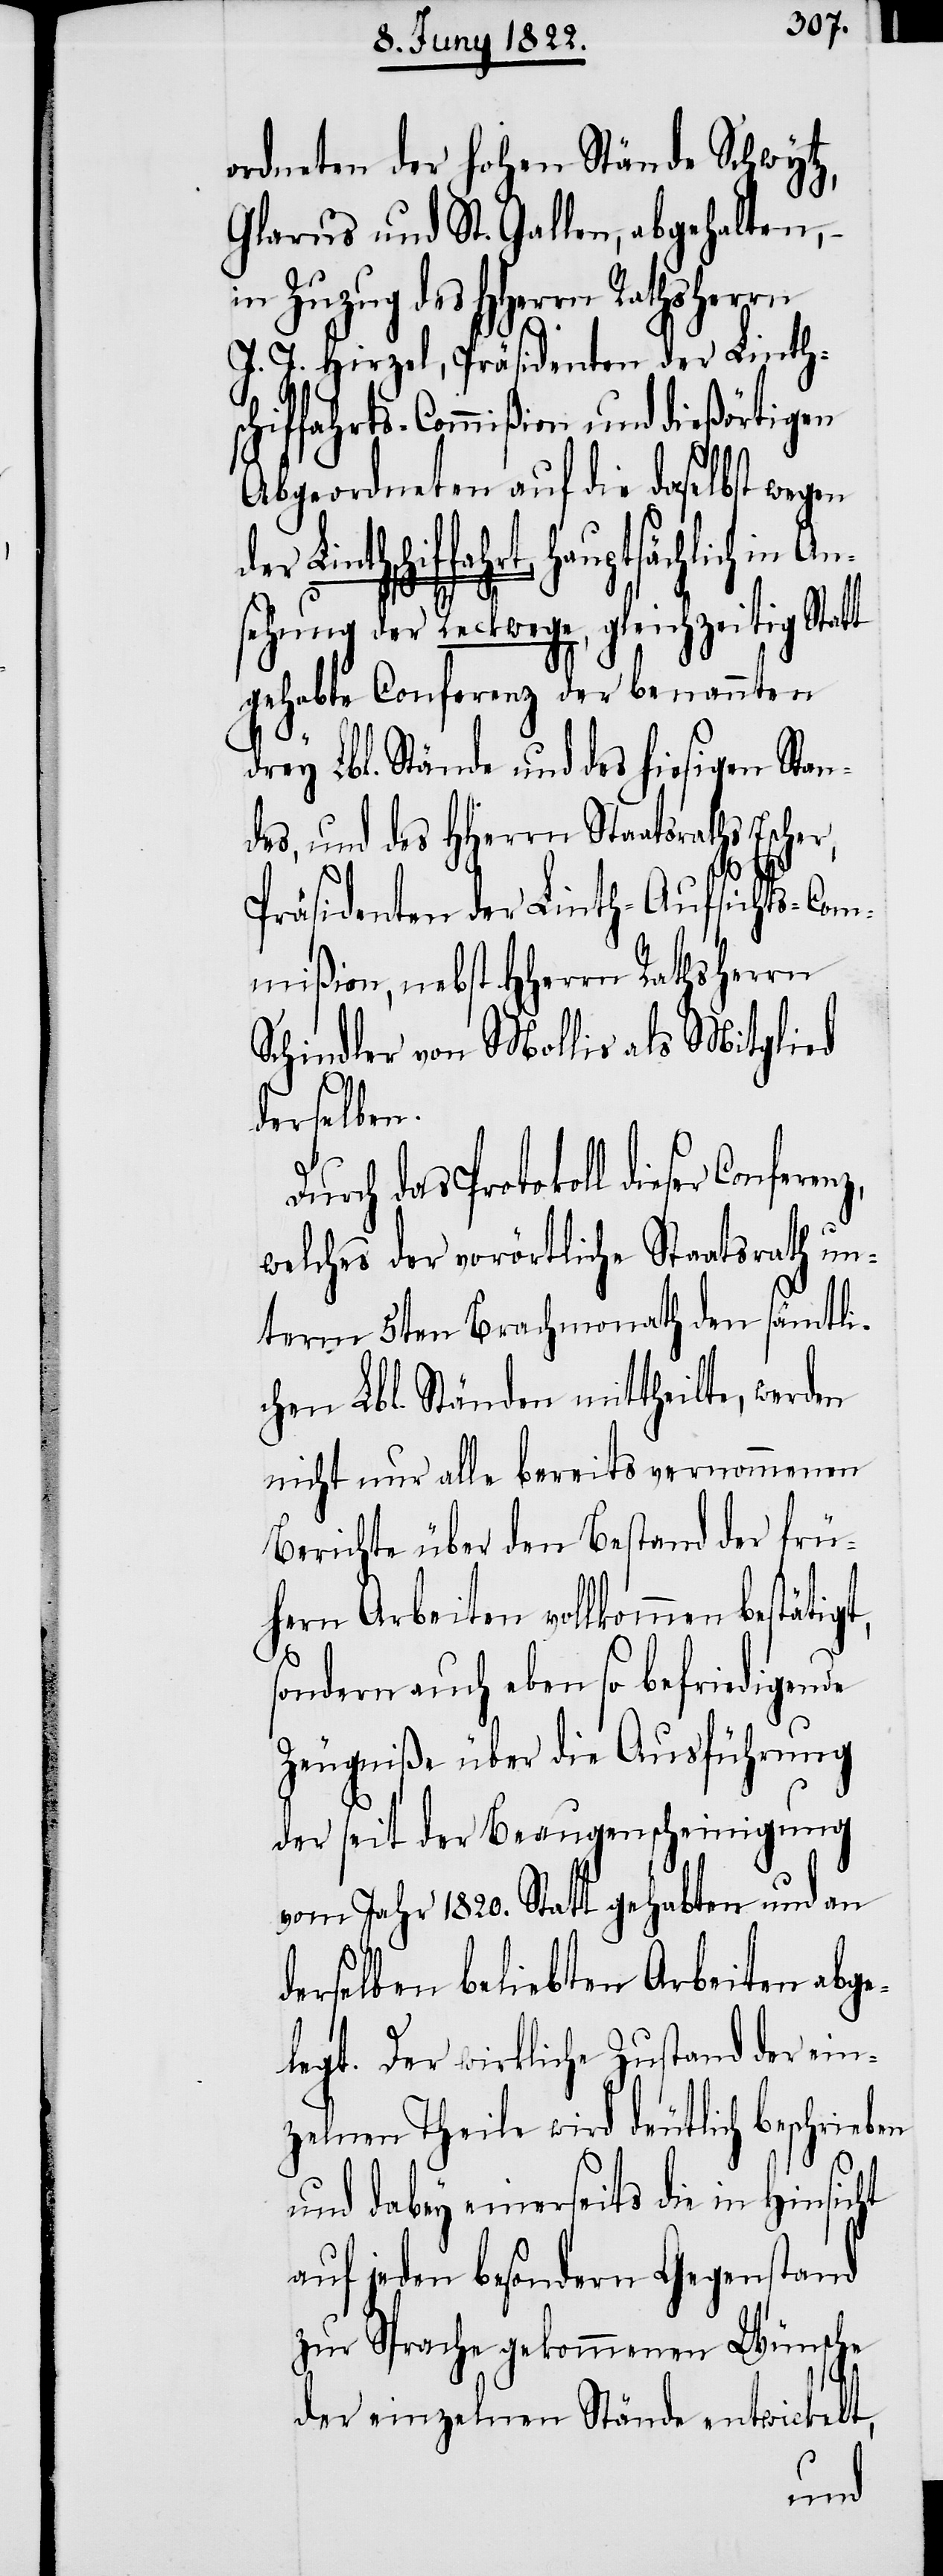
ordneten der hohen Stände Schwytz,
Glarus und St. Gallen, abgehalten,
in Zuzug des HHerrn Rathsherrn
J. J. Hirzel, Präsidenten der Linths¬
chiffahrts-Commißion und dießörtigen
Abgeordneten auf die daselbst wegen
dieser Conferenz,
sehung der Reckwege, gleichzeitig Statt
gehabte Conferenz der benannten
drey Lbl. Stände und des hiesigen Stan¬
des, und des HHerrn Staatsraths Escher,
Präsidenten der Linth-Aufsichts-Co¬
mmißion, nebst HHerrn Rathsherrn
Schindler von Mollis als Mitglied
derselben.
welches der vorörtliche Staatsrath un¬
term 5ten Brachmonath den sämtli¬
chen Lbl. Ständen mittheilte, werden
nicht nur alle bereits vernommenen
Berichte über den Bestand der frü¬
hern Arbeiten, vollkommen bestätig¬
sondern auch eben so befriedigende
Zeugniße über die Ausführung
der seit der Beaugenscheinigung
vom Jahr 1820. Statt gehabten und an
derselben beliebten Arbeiten abge¬
legt. Der wirkliche Zustand der ein¬
zelnen Theile wird deutlich beschrieben
und dabey einerseits die in
auf jeden besondern Gegenstand
zur Sprache gekommenen Wünsche
der einzelnen Stände entwickelt,
t,